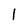
Character: 1